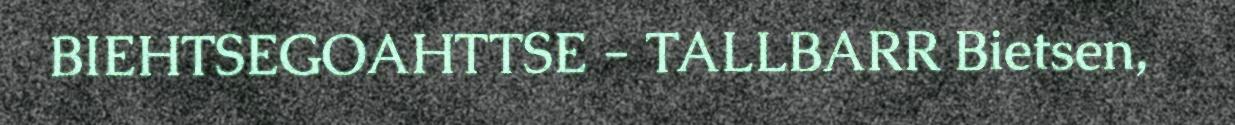
BIEHTSEGOAHTTSE - TALLBARR Bietsen,